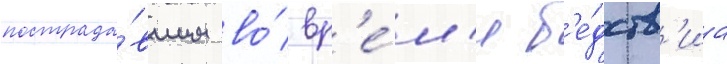
пострада́вшим во́ вр'е́м'я б'е́дств'иа